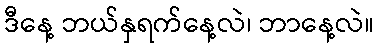
ဒီနေ့ ဘယ်နှရက်နေ့လဲ၊ ဘာနေ့လဲ။